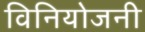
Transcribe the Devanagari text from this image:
विनियोजनी